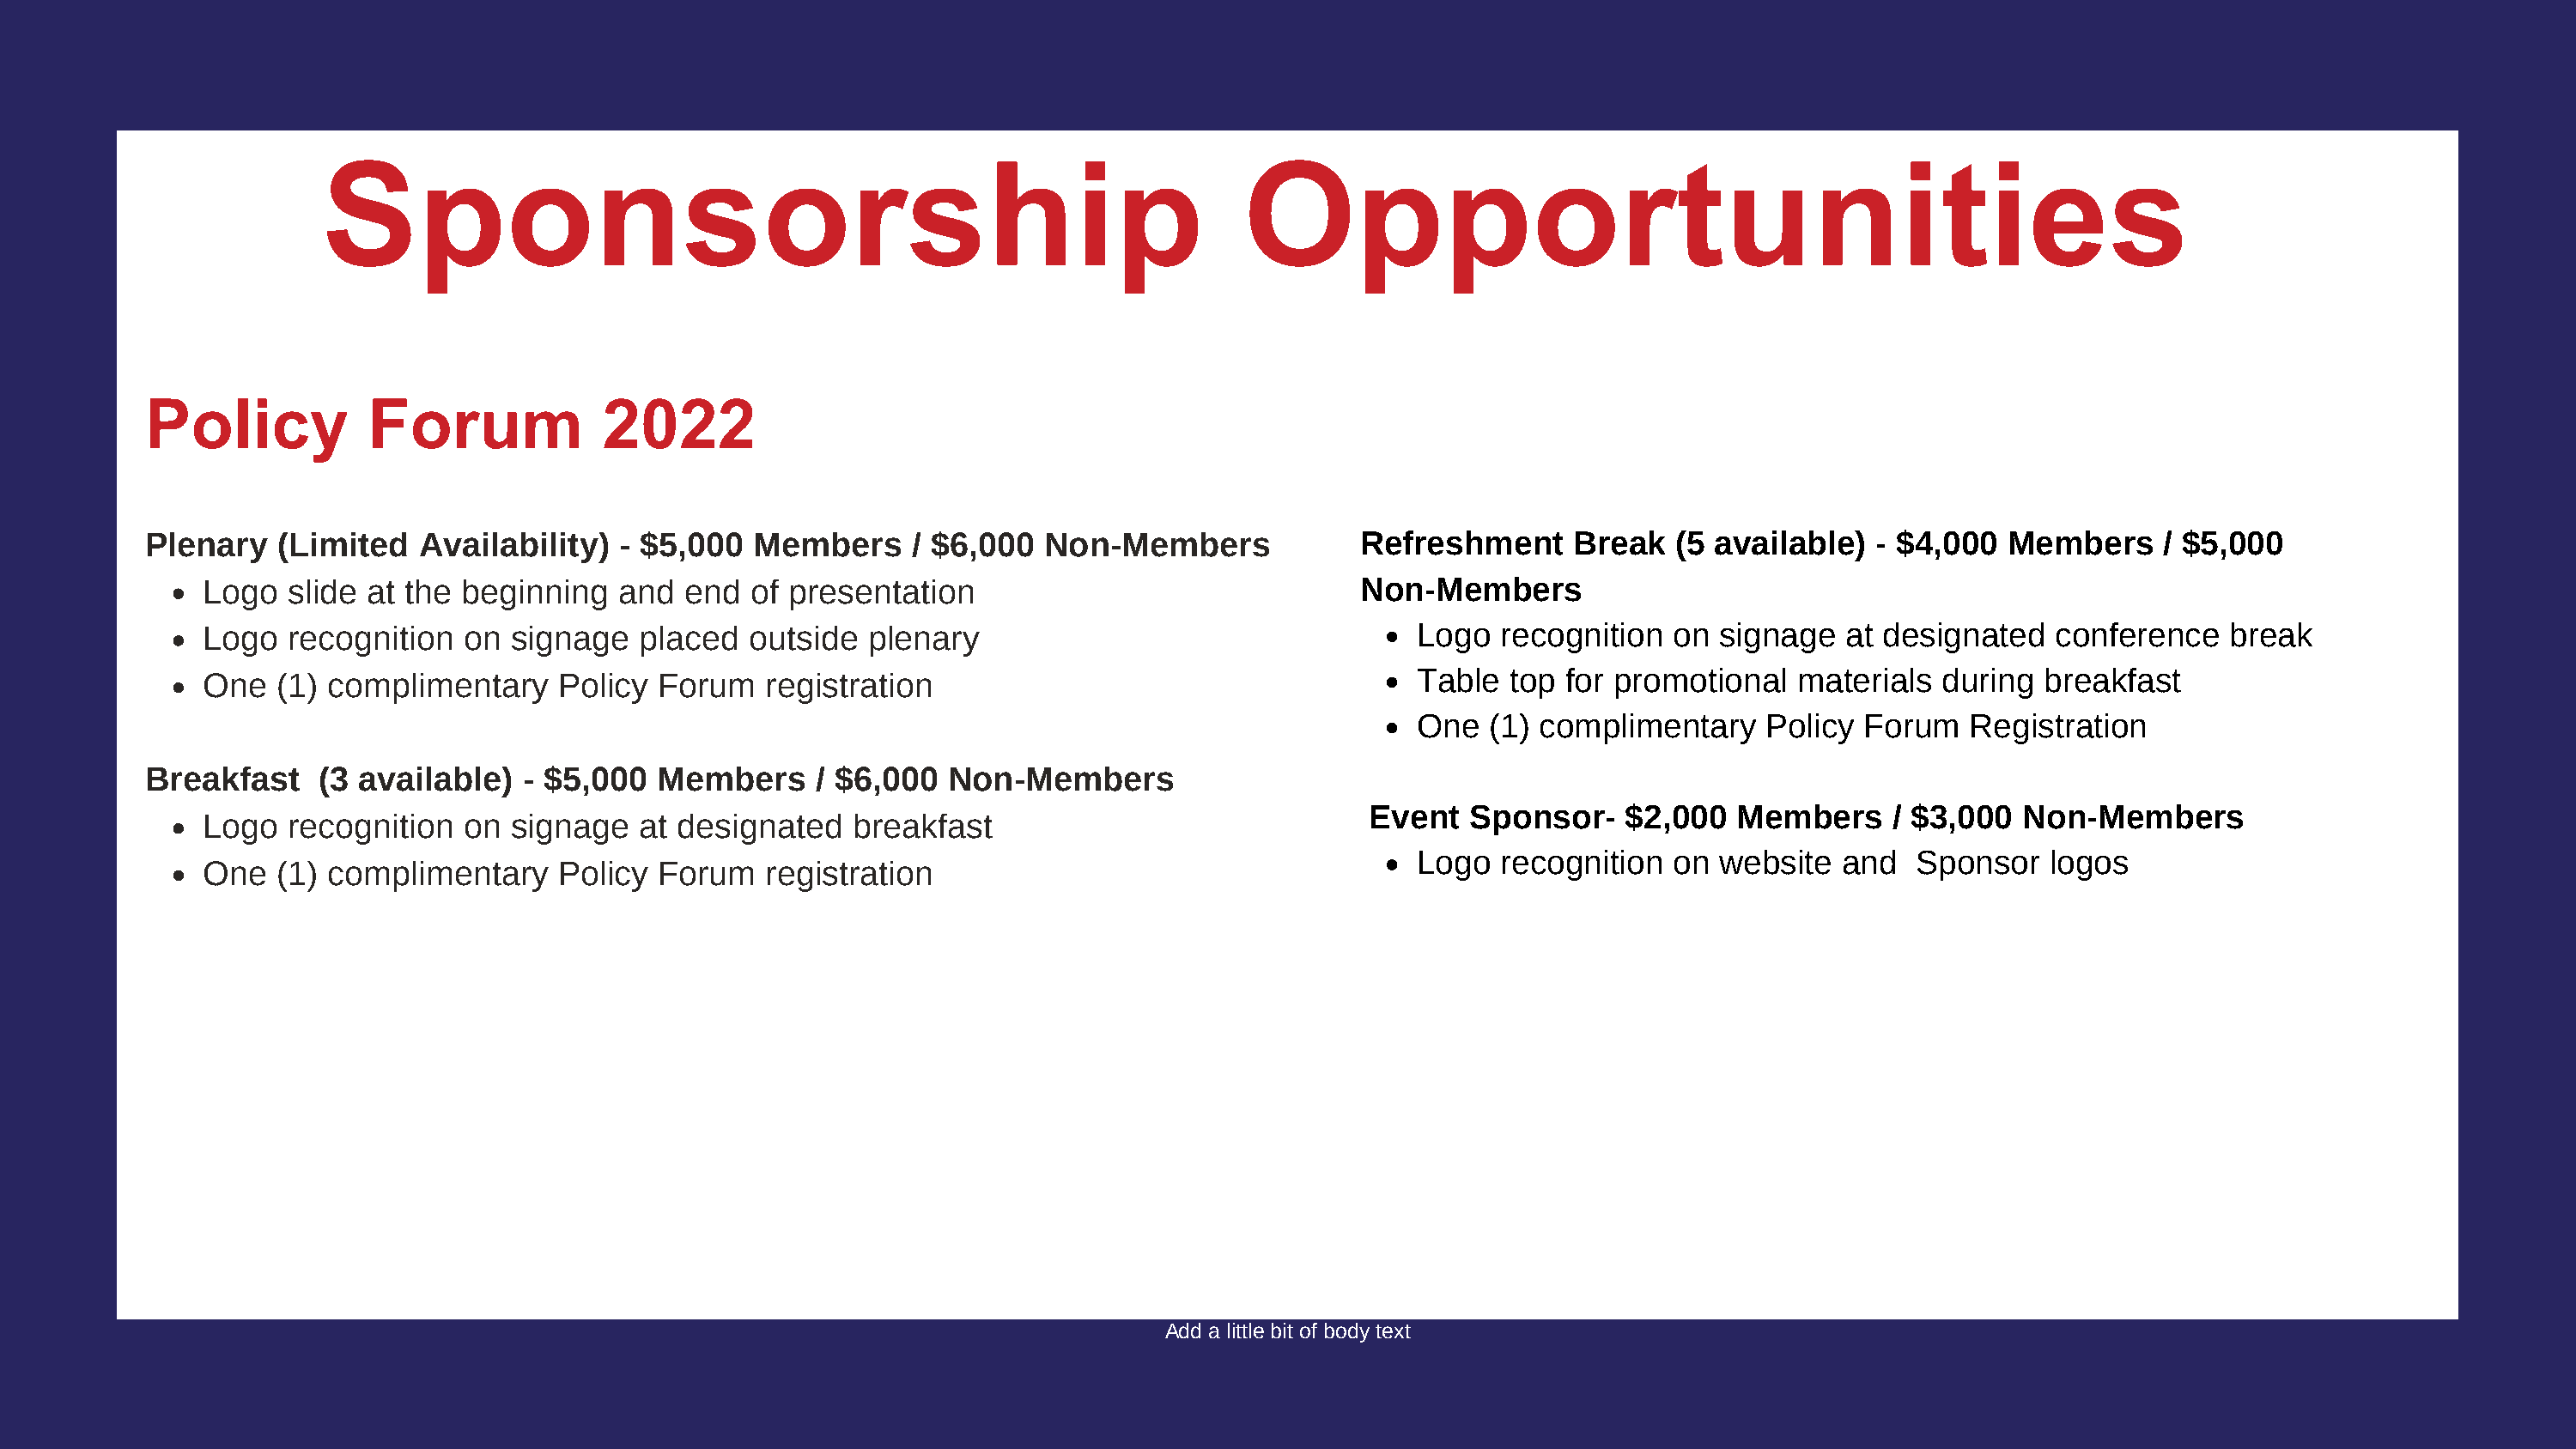
Sponsorship                                                            Opportunities
 Policy           Forum             2022
 Plenary   (Limited   Availability)   - $5,000  Members     / $6,000  Non-Members              Refreshment     Break   (5 available)   - $4,000  Members     / $5,000
 Logo  slide at the  beginning   and  end  of presentation                                Non-Members
 Logo  recognition   on signage   placed   outside  plenary                                   Logo   recognition  on  signage  at designated   conference    break
 One  (1) complimentary     Policy  Forum   registration                                      Table  top  for promotional   materials  during  breakfast
 One   (1) complimentary    Policy  Forum   Registration
 Breakfast     (3 available)  - $5,000   Members     / $6,000  Non-Members
 Event  Sponsor-    $2,000   Members     / $3,000  Non-Members
 Logo  recognition   on signage   at designated    breakfast
 Logo   recognition  on  website  and   Sponsor   logos
 One  (1) complimentary     Policy  Forum   registration
 Add a little bit of body text